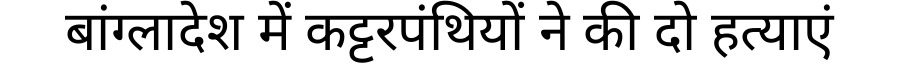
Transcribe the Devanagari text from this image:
बांग्लादेश में कट्टरपंथियों ने की दो हत्याएं